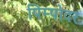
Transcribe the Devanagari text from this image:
पिम्पोदर